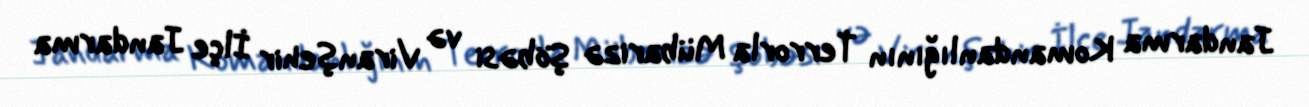
Jandarma Komandanlığının Terrorla Mübarizə Şöbəsi və Viranşehir İlçe Jandarma